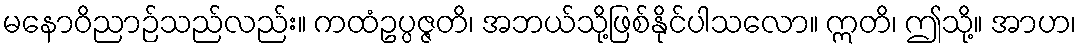
မနောဝိညာဉ်သည်လည်း။ ကထံဥပ္ပဇ္ဇတိ၊ အဘယ်သို့ဖြစ်နိုင်ပါသလော။ ဣတိ၊ ဤသို့။ အာဟ၊